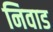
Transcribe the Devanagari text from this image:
निवाड